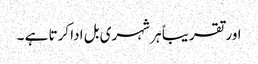
اور تقریباً ہر شہری بل ادا کرتا ہے ۔